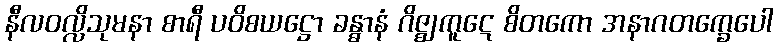
နီလဝလ္လိသုမနာ စာရီ ပဝိစယဋ္ဌော ခန္ဓာနံ ဂိဇ္ဈကူဋေ စိတကော အနာဂတက္ခေပေါ